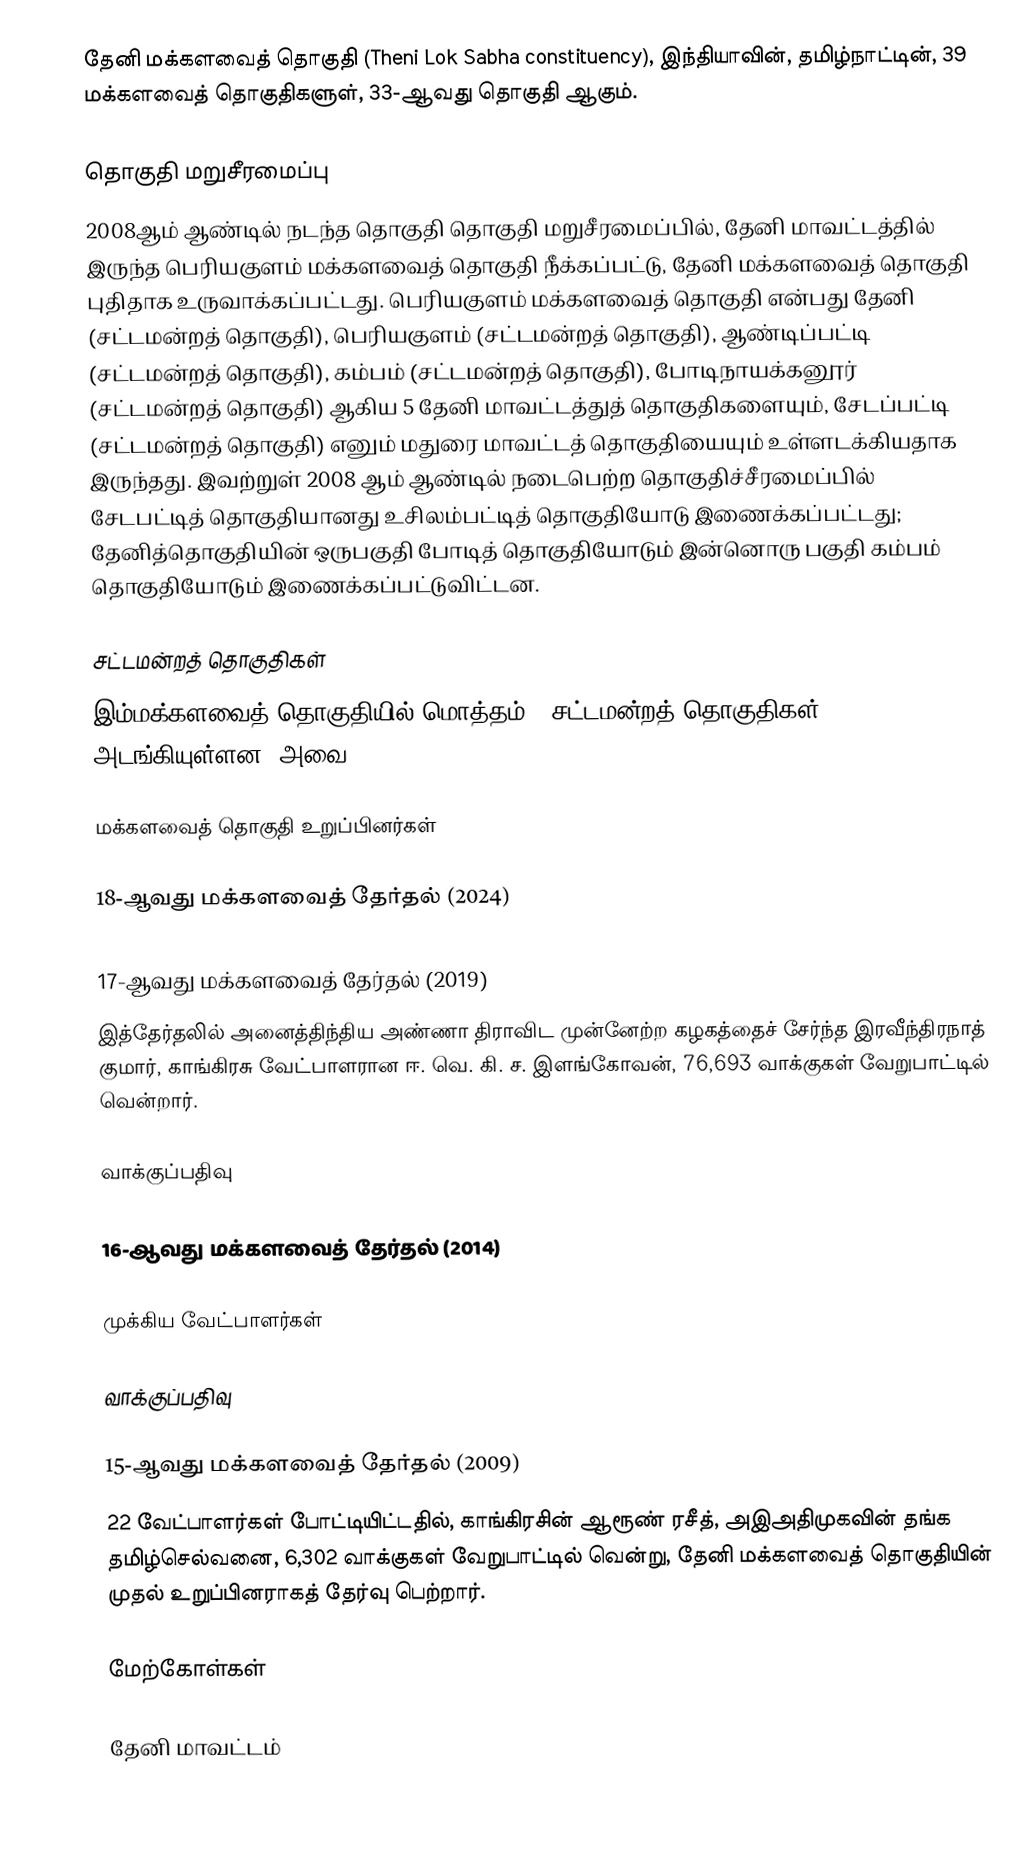
தேனி மக்களவைத் தொகுதி (Theni Lok Sabha constituency), இந்தியாவின், தமிழ்நாட்டின், 39 மக்களவைத் தொகுதிகளுள், 33-ஆவது தொகுதி ஆகும்.

தொகுதி மறுசீரமைப்பு
2008ஆம் ஆண்டில் நடந்த தொகுதி தொகுதி மறுசீரமைப்பில், தேனி மாவட்டத்தில் இருந்த பெரியகுளம் மக்களவைத் தொகுதி நீக்கப்பட்டு, தேனி மக்களவைத் தொகுதி புதிதாக உருவாக்கப்பட்டது. பெரியகுளம் மக்களவைத் தொகுதி என்பது தேனி (சட்டமன்றத் தொகுதி), பெரியகுளம் (சட்டமன்றத் தொகுதி), ஆண்டிப்பட்டி (சட்டமன்றத் தொகுதி), கம்பம் (சட்டமன்றத் தொகுதி), போடிநாயக்கனூர் (சட்டமன்றத் தொகுதி) ஆகிய 5 தேனி மாவட்டத்துத் தொகுதிகளையும், சேடப்பட்டி (சட்டமன்றத் தொகுதி) எனும் மதுரை மாவட்டத் தொகுதியையும் உள்ளடக்கியதாக இருந்தது. இவற்றுள் 2008 ஆம் ஆண்டில் நடைபெற்ற தொகுதிச்சீரமைப்பில் சேடபட்டித் தொகுதியானது உசிலம்பட்டித் தொகுதியோடு இணைக்கப்பட்டது; தேனித்தொகுதியின் ஒருபகுதி போடித் தொகுதியோடும் இன்னொரு பகுதி கம்பம் தொகுதியோடும் இணைக்கப்பட்டுவிட்டன.

சட்டமன்றத் தொகுதிகள்
இம்மக்களவைத் தொகுதியில் மொத்தம் 6 சட்டமன்றத் தொகுதிகள் அடங்கியுள்ளன. அவை:

மக்களவைத் தொகுதி உறுப்பினர்கள்

18-ஆவது மக்களவைத் தேர்தல் (2024)

17-ஆவது மக்களவைத் தேர்தல் (2019)
இத்தேர்தலில் அனைத்திந்திய அண்ணா திராவிட முன்னேற்ற கழகத்தைச் சேர்ந்த இரவீந்திரநாத் குமார், காங்கிரசு வேட்பாளரான ஈ. வெ. கி. ச. இளங்கோவன், 76,693 வாக்குகள் வேறுபாட்டில் வென்றார்.

வாக்குப்பதிவு

16-ஆவது மக்களவைத் தேர்தல் (2014)

முக்கிய வேட்பாளர்கள்

வாக்குப்பதிவு

15-ஆவது மக்களவைத் தேர்தல் (2009)
22 வேட்பாளர்கள் போட்டியிட்டதில், காங்கிரசின் ஆரூண் ரசீத், அஇஅதிமுகவின் தங்க தமிழ்செல்வனை, 6,302 வாக்குகள் வேறுபாட்டில் வென்று, தேனி மக்களவைத் தொகுதியின் முதல் உறுப்பினராகத் தேர்வு பெற்றார்.

மேற்கோள்கள்

தேனி மாவட்டம்